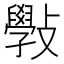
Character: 斅